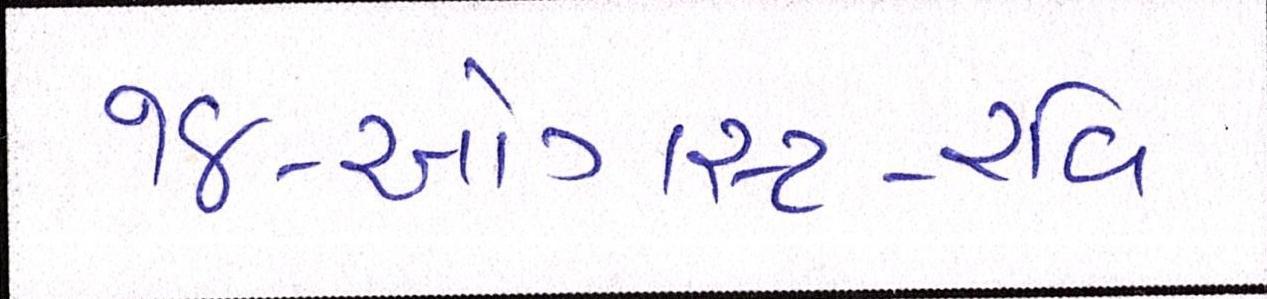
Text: ૧૪-ઓગસ્ટ-રવિ